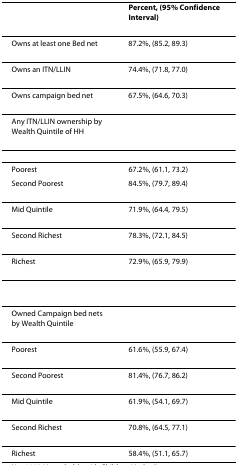
|  | Percent, (95% Confidence Interval) |
 | --- | --- |
 | Owns at least one Bed net | 87.2%, (85.2, 89.3) |
 | Owns an ITN/LLIN | 74.4%, (71.8, 77.0) |
 | Owns campaign bed net | 67.5%, (64.6, 70.3) |
 | Any ITN/LLIN ownership by Wealth Quintile of HH |  |
 | Poorest | 67.2%, (61.1, 73.2) |
 | Second Poorest | 84.5%, (79.7, 89.4) |
 | Mid Quintile | 71.9%, (64.4, 79.5) |
 | Second Richest | 78.3%, (72.1, 84.5) |
 | Richest | 72.9%, (65.9, 79.9) |
 | Owned Campaign bed nets by Wealth Quintile |  |
 | Poorest | 61.6%, (55.9, 67.4) |
 | Second Poorest | 81.4%, (76.7, 86.2) |
 | Mid Quintile | 61.9%, (54.1, 69.7) |
 | Second Richest | 70.8%, (64.5, 77.1) |
 | Richest | 58.4%, (51.1, 65.7) |